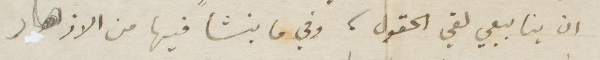
ان ينابيعي لفي الحقول، وفي ما ينشأ فيها من الازهار